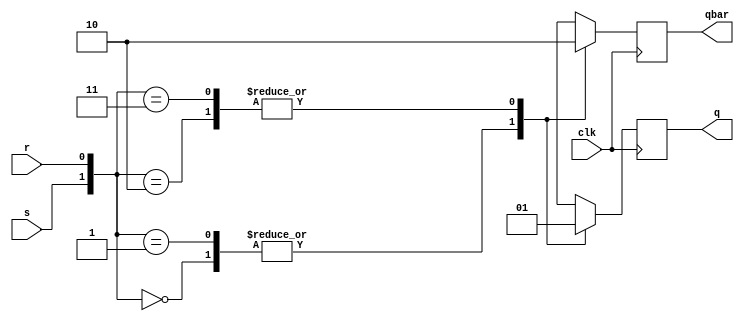
module sr_flipflop( input clk, s, r,output reg q, qbar);

    always @(posedge clk) 
    begin
        q=1'b0;
        qbar = 1'b1;
        
        case ({s, r})
            2'b00: begin
                q <= q;
                qbar <= qbar;
            end
            2'b01: begin
                q <= 1'b0;
                qbar <= 1'b1;
            end
            2'b10: begin
                q <= 1'b1;
                qbar <= 1'b0;
            end
            2'b11: begin
                q <= 1'b1;
                qbar <= 1'b0;
            end
        endcase
    end
endmodule


module sr_to_jk(
    input clk,j,k,
    output q, qbar);

    wire s, r;
    
    assign s = qbar & j;
    assign r = q & k;

    sr_flipflop srff (clk, s, r, q, qbar);

endmodule